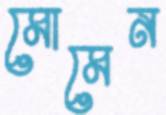
মোমেন